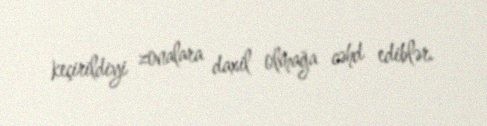
keçirildiyi zonalara daxil olmağa cəhd ediblər.